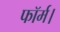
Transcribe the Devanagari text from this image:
फॉर्म।